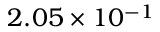
2 . 0 5 \times 1 0 ^ { - 1 }